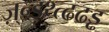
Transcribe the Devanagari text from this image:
ज़्न्र्ड़थ्त्ढढड्ढ